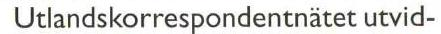
Utlandskorrespondentnätet utvid-